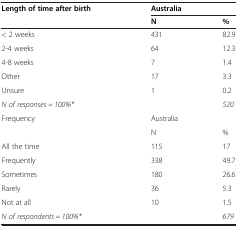
| Length of time after birth | <COLSPAN=2> Australia |
 |  | N | % |
 | --- | --- | --- |
 | < 2 weeks | 431 | 82.9 |
 | 2-4 weeks | 64 | 12.3 |
 | 4-8 weeks | 7 | 1.4 |
 | Other | 17 | 3.3 |
 | Unsure | 1 | 0.2 |
 | N of responses = 100%* |  | 520 |
 | Frequency | <COLSPAN=2> Australia |
 |  | N | % |
 | All the time | 115 | 17 |
 | Frequently | 338 | 49.7 |
 | Sometimes | 180 | 26.6 |
 | Rarely | 36 | 5.3 |
 | Not at all | 10 | 1.5 |
 | N of respondents = 100%* |  | 679 |